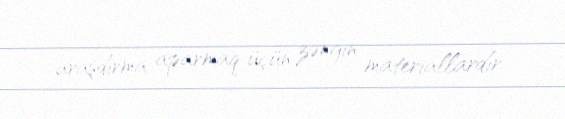
araşdırma aparmaq üçün zəngin materiallardır.